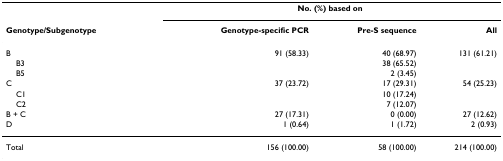
|  | <COLSPAN=3> No. (%) based on |
 | Genotype/Subgenotype | Genotype-specific PCR | Pre-S sequence | All |
 | --- | --- | --- | --- |
 | B | 91 (58.33) | 40 (68.97) | 131 (61.21) |
 | B3 |  | 38 (65.52) |  |
 | B5 |  | 2 (3.45) |  |
 | C | 37 (23.72) | 17 (29.31) | 54 (25.23) |
 | C1 |  | 10 (17.24) |  |
 | C2 |  | 7 (12.07) |  |
 | B + C | 27 (17.31) | 0 (0.00) | 27 (12.62) |
 | D | 1 (0.64) | 1 (1.72) | 2 (0.93) |
 | Total | 156 (100.00) | 58 (100.00) | 214 (100.00) |